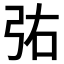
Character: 𫸫